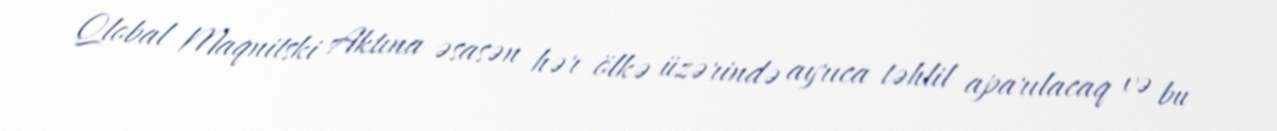
Qlobal Maqnitski Aktına əsasən hər ölkə üzərində ayrıca təhlil aparılacaq və bu